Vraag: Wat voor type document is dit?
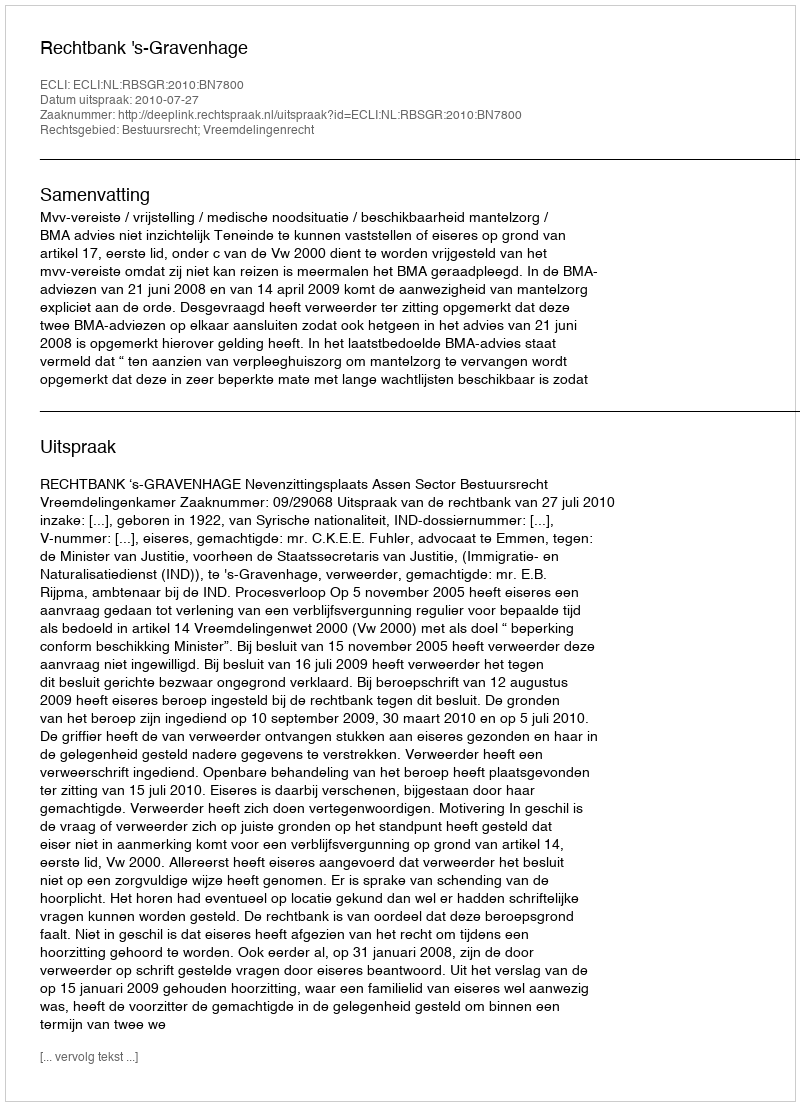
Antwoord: Uitspraak